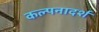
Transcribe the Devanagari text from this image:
कल्पनादर्श